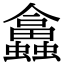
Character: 𧕙